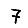
Digit: 7